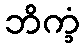
ဘိက္ခံ